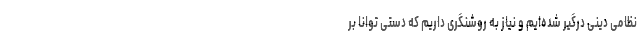
نظامی دینی درگیر شده‌ایم و نیاز به روشنگری داریم که دستی توانا بر